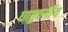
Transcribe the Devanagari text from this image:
धातुवर्गीय